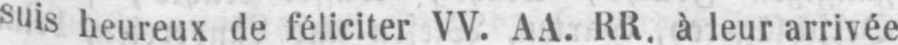
suisheureux de féliciter VV. AA. RR. à leur arrivée